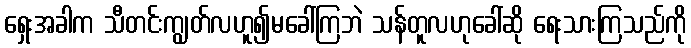
ရှေးအခါက သီတင်းကျွတ်လဟူ၍မခေါ်ကြဘဲ သန်တူလဟုခေါ်ဆို ရေးသားကြသည်ကို